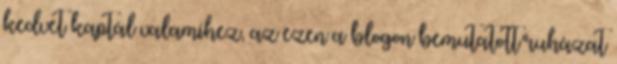
kedvet kaptál valamihez, az ezen a blogon bemutatott ruházat